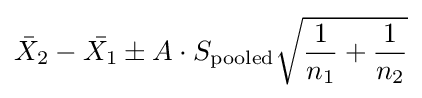
{\bar {X}}_{2}-{\bar {X_{1}}}\pm A\cdot S_{\mathrm {pooled} }{\sqrt {{\frac {1}{n_{1}}}+{\frac {1}{n_{2}}}}}